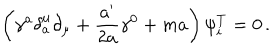
LaTeX: \left( \gamma ^ { a } \delta _ { a } ^ { \mu } \partial _ { \mu } + \frac { a ^ { \prime } } { 2 a } \gamma ^ { 0 } + m a \right) \psi _ { i } ^ { T } = 0 \, .